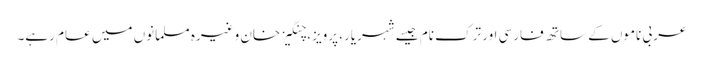
عربی ناموں کے ساتھ فارسی اور ترک نام جیسے شہریار، پرویز، چنگیز خان وغیرہ مسلمانوں میں عام رہے۔